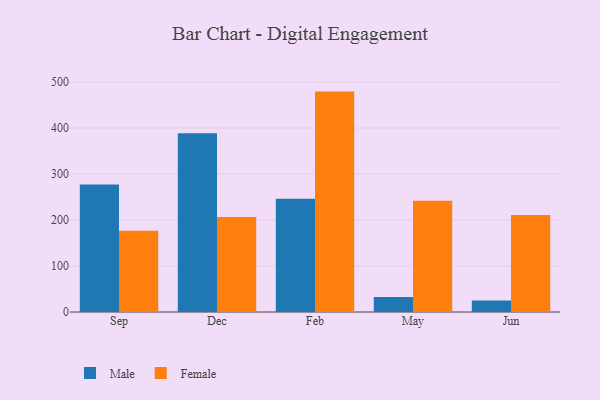
{"axis": {"x": "Month", "y": "Net Income (USD K)"}, "legend": ["Female", "Male"], "data": [{"x": "Sep", "y": 277.3, "type": "Male"}, {"x": "Sep", "y": 176.5, "type": "Female"}, {"x": "Dec", "y": 388.9, "type": "Male"}, {"x": "Dec", "y": 206.3, "type": "Female"}, {"x": "Feb", "y": 246.3, "type": "Male"}, {"x": "Feb", "y": 479.2, "type": "Female"}, {"x": "May", "y": 32.6, "type": "Male"}, {"x": "May", "y": 242.1, "type": "Female"}, {"x": "Jun", "y": 25.1, "type": "Male"}, {"x": "Jun", "y": 210.8, "type": "Female"}]}